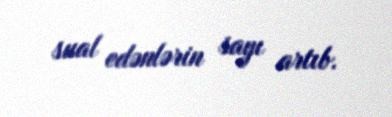
sual edənlərin sayı artıb.